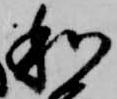
和